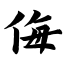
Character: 侮